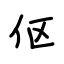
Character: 伛